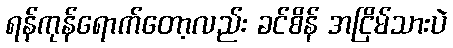
ရန်ကုန်ရောက်တော့လည်း ခင်စိန် အငြိမ်သားပဲ